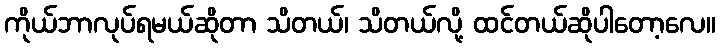
ကိုယ်ဘာလုပ်ရမယ်ဆိုတာ သိတယ်၊ သိတယ်လို့ ထင်တယ်ဆိုပါတော့လေ။